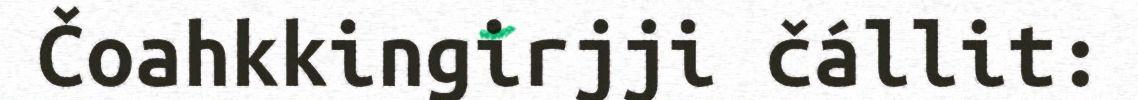
Čoahkkingirjji čállit: